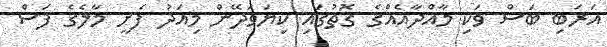
އަރަބި ބަސް ވަކި މާއްދާއެއްގެ ގޮތުގައި ކިޔަވަދޭން މިއަދު ފެށީ މާލެގެ ފަސް